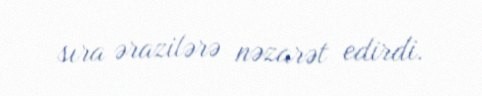
sıra ərazilərə nəzarət edirdi.